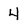
Character: 4